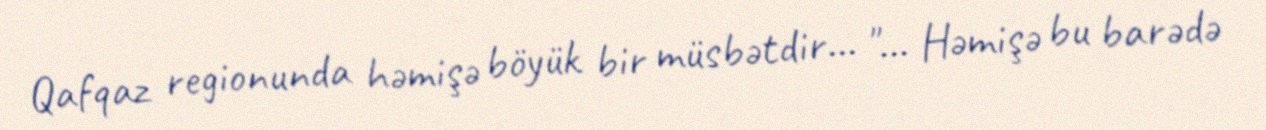
Qafqaz regionunda həmişə böyük bir müsbətdir... "... Həmişə bu barədə